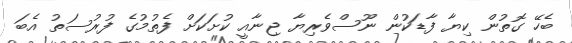
ބެހޭ ގޮތުން ކިޔާ ފާޑަކުން ނޫސްވެރިޔާ ޖިނާއީ ކުށަކަށް ފެތުމުގެ ފުރުސަތު އެބަ